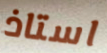
استاذ